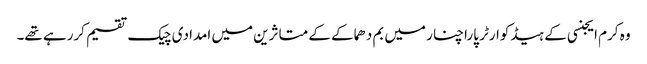
وہ کرم ایجنسی کے ہیڈکوارٹر پاراچنار میں بم دھماکے کے متاثرین میں امدادی چیک تقسیم کررہے تھے۔